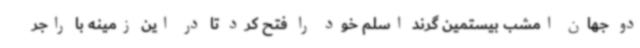
دو جهان امشب بیستمین گرند اسلم خود را فتح کرد تا در این زمینه با راجر